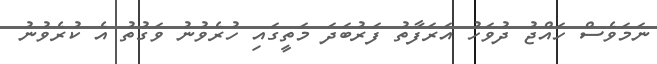
ނަމަވެސް ހައްޖު ދުވަހު އަރަފާތު ފަރުބަދަ މަތީގައި ހުރެވުނު ވަގުތު އެ ކުރެވުނު